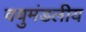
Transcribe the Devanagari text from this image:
वयुमंडलीय